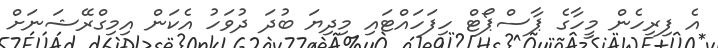
އެ ފިރިހެން މީހާގެ ޕާސްޕޯޓް ހިފަހައްޓައި މިދިޔަ ބުދަ ދުވަހު އެކަން އިމިގްރޭޝަނަށް